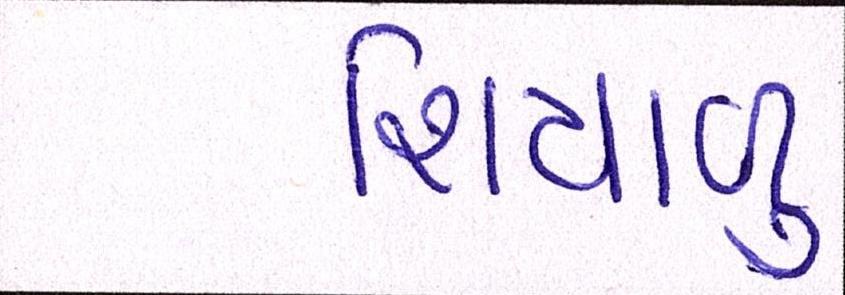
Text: શિયાળુ